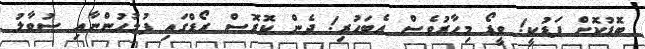
ބޮޑުކޮށް ފަޑުކީ! ވީޑޯ މިހާރުވެސް އެބަހުރި! ދެން ކޮރޮސް ރޯޑްގައި ފުލުހުންނާއި ސުވާލު